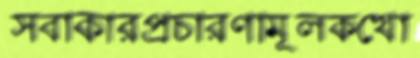
সবাকারপ্রচারণামূলকখো